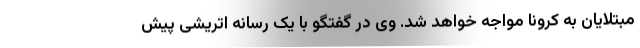
مبتلایان به کرونا مواجه خواهد شد. وی در گفتگو با یک رسانه اتریشی پیش